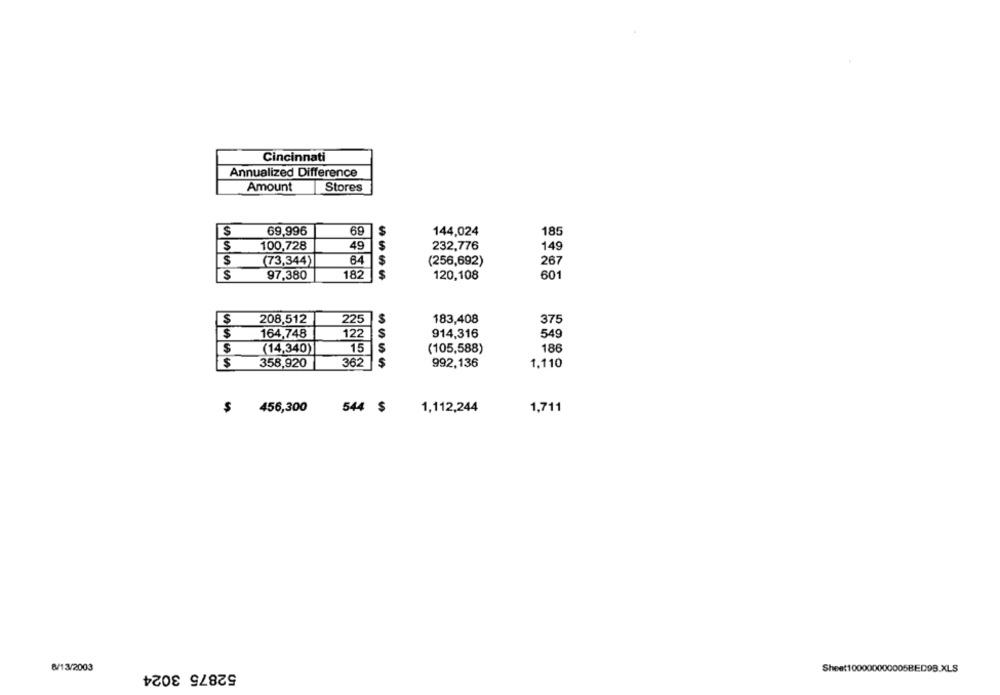
Cincinnati
Annualized Difference
Amount
Stores
185
S
69,996
69
$
144,024
S
100,728
49
232,776
149
$
(73,344)|
64
(256,692)
267
$
97,380
182
120,108
601
S
208,512
225
183,408
375
$
164,748
122
5
914,316
549
S
(14,340)
15
5
(105,588)
186
S
$
358,920
362
992,136
1.110
$
456,300
544 $
1,112,244
1,711
52875 3024
8/13/2003
Sheet100000000005BED9B.XLS